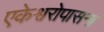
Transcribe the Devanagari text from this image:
एकेश्वरोपासना